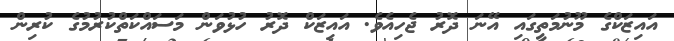
އައިޒަކްގެ މޫނުމަތީގައި އޭނަ ދޮރު ޖެހިއެވެ. އައިޒަކް ދޮރު ހުޅުވަން މަސައްކަތްކުރުމުގެ ކުރިން